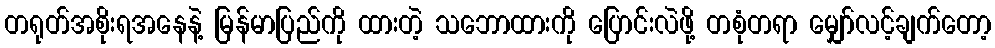
တရုတ်အစိုးရအနေနဲ့ မြန်မာပြည်ကို ထားတဲ့ သဘောထားကို ပြောင်းလဲဖို့ တစုံတရာ မျှော်လင့်ချက်တော့